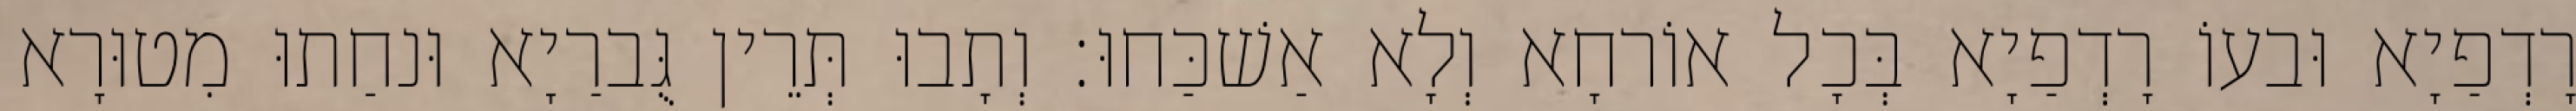
רָדְפַיָא וּבעוֹ רָדְפַיָא בְּכָל אוֹרחָא וְלָא אַשׁכַּחוּ׃ וְתָבוּ תְּרֵין גֻּברַיָא וּנחַתוּ מִטוּרָא